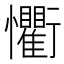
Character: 𭟨